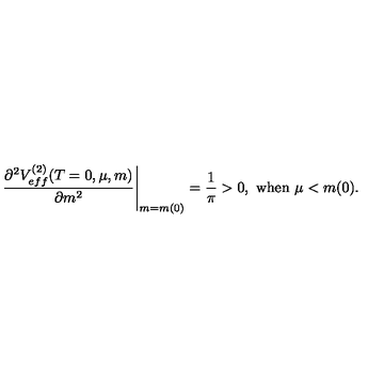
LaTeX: \left. \frac { \partial ^ { 2 } V _ { e f f } ^ { ( 2 ) } ( T = 0 , \mu , m ) } { \partial m ^ { 2 } } \right| _ { m = m ( 0 ) } = \frac { 1 } { \pi } > 0 , \ \mathrm { w h e n } \ \mu < m ( 0 ) .